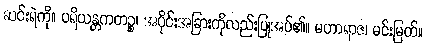
ဆင်းရဲကို။ ပရိယန္တကတဉ္စ၊ အပိုင်းအခြားကိုလည်းပြုအပ်၏။ မဟာရာဇ၊ မင်းမြတ်။